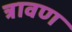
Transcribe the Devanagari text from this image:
त्रावण